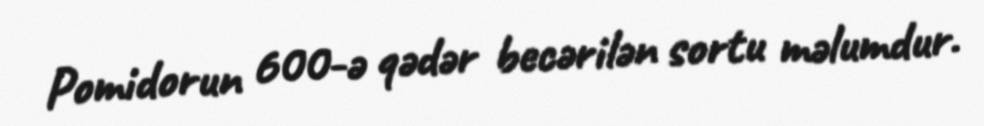
Pomidorun 600-ə qədər becərilən sortu məlumdur.